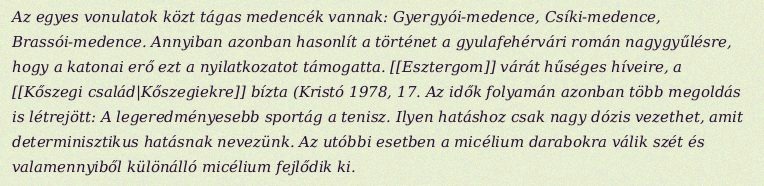
Az egyes vonulatok közt tágas medencék vannak: Gyergyói-medence, Csíki-medence, Brassói-medence. Annyiban azonban hasonlít a történet a gyulafehérvári román nagygyűlésre, hogy a katonai erő ezt a nyilatkozatot támogatta. [[Esztergom]] várát hűséges híveire, a [[Kőszegi család|Kőszegiekre]] bízta (Kristó 1978, 17. Az idők folyamán azonban több megoldás is létrejött: A legeredményesebb sportág a tenisz. Ilyen hatáshoz csak nagy dózis vezethet, amit determinisztikus hatásnak nevezünk. Az utóbbi esetben a micélium darabokra válik szét és valamennyiből különálló micélium fejlődik ki.